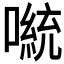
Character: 𫫴